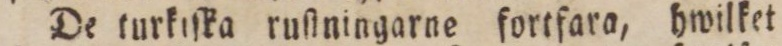
De turkiſka ruſtningarne fortfara, hwilket